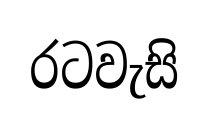
රටවැසි